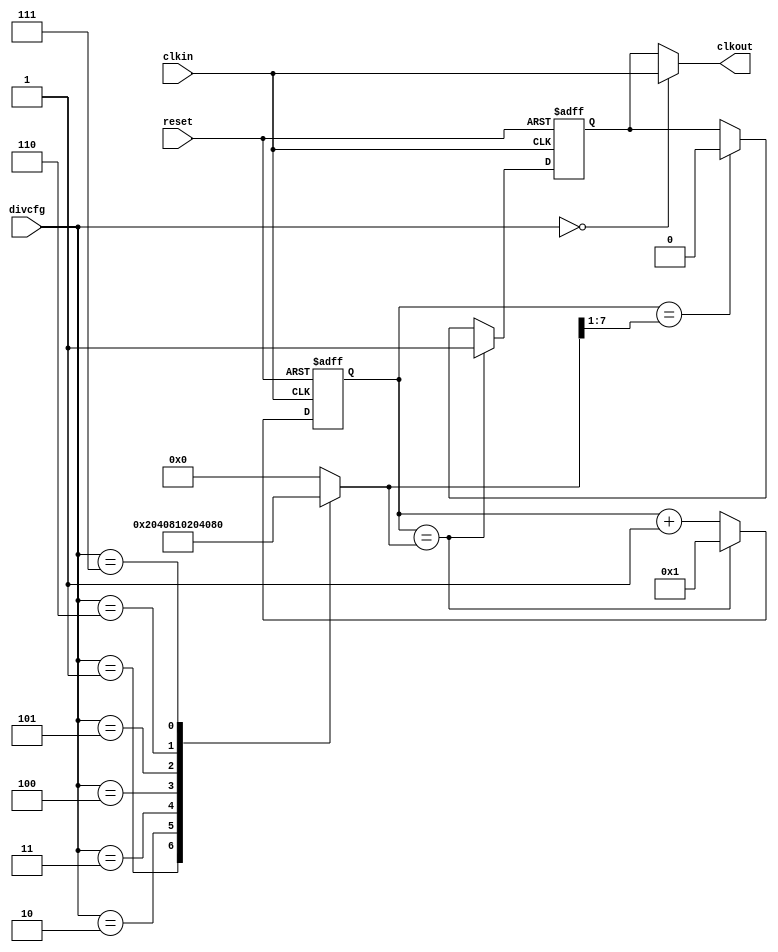
module CLKDIV(/*AUTOARG*/
   // Outputs
   clkout,
   // Inputs
   clkin, divcfg, reset
   );

   input       clkin;    // Input clock
   input [3:0] divcfg;   // Divide factor (1-128)
   input       reset;    // Counter init
   output      clkout;   // Divided clock phase aligned with clkin 

   reg        clkout_reg;
   reg [7:0]  counter;   
   reg [7:0]  divcfg_dec;
   reg [3:0]  divcfg_reg;
   
   wire       div_bp;   
   wire       posedge_match;
   wire       negedge_match;  
   
   // ###################
   // # Decode divcfg
   // ###################

   always @ (divcfg[3:0])
     casez (divcfg[3:0])
       4'b0001 : divcfg_dec[7:0] = 8'b00000010;  // Divide by 2
       4'b0010 : divcfg_dec[7:0] = 8'b00000100;  // Divide by 4
       4'b0011 : divcfg_dec[7:0] = 8'b00001000;  // Divide by 8
       4'b0100 : divcfg_dec[7:0] = 8'b00010000;  // Divide by 16
       4'b0101 : divcfg_dec[7:0] = 8'b00100000;  // Divide by 32
       4'b0110 : divcfg_dec[7:0] = 8'b01000000;  // Divide by 64
       4'b0111 : divcfg_dec[7:0] = 8'b10000000;  // Divide by 128
       default : divcfg_dec[7:0] = 8'b00000000;   // others
     endcase
   
   always @ (posedge clkin or posedge reset)
     if(reset)
       counter[7:0] <= 8'b00000001;
     else if(posedge_match)
       counter[7:0] <= 8'b00000001;// Self resetting
     else
       counter[7:0] <= (counter[7:0] + 8'b00000001);
   
   assign posedge_match    = (counter[7:0]==divcfg_dec[7:0]);
   assign negedge_match    = (counter[7:0]=={1'b0,divcfg_dec[7:1]}); 
   
   always @ (posedge clkin or posedge reset)
     if(reset)
       clkout_reg <= 1'b0;   
     else if(posedge_match)
       clkout_reg <= 1'b1;
     else if(negedge_match)
       clkout_reg <= 1'b0;

   //Divide by one bypass
   assign div_bp  = (divcfg[3:0]==4'b0000);
   assign clkout  = div_bp ? clkin : clkout_reg;
 
endmodule